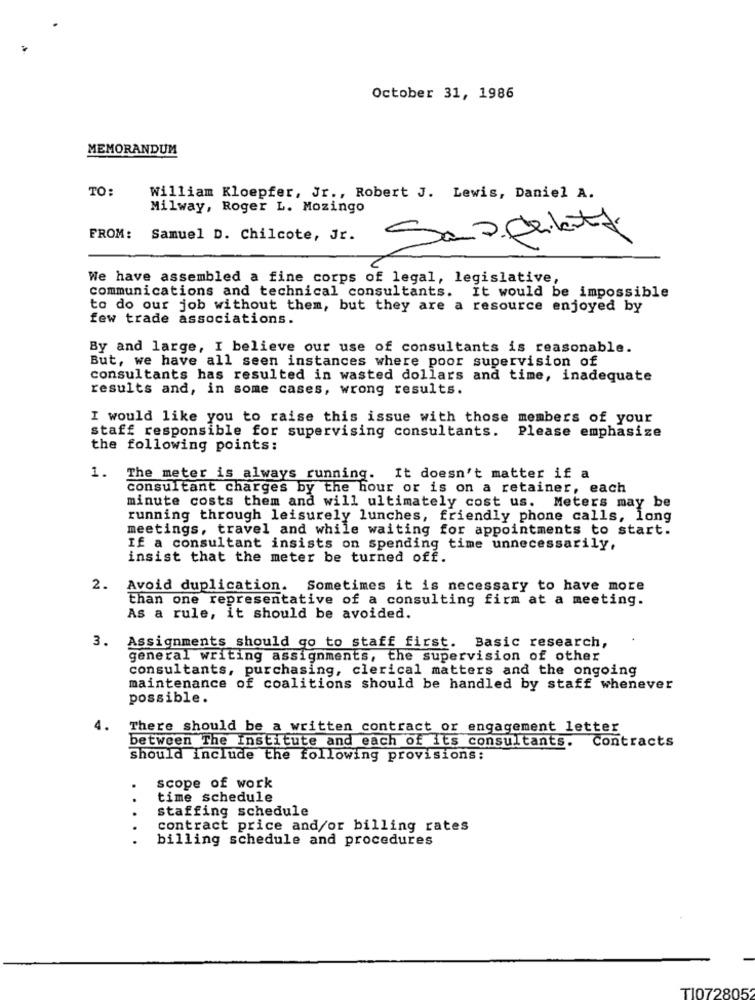
October 31, 1986
MEMORANDUM
TO:
William Kloepfer, Jr ., Robert J. Lewis, Daniel A.
Milway, Roger L. Mozingo
FROM:
Samuel D. Chilcote, Jr.
We have assembled a fine corps of legal, legislative,
communications and technical consultants. It would be impossible
to do our job without them, but they are a resource enjoyed by
few trade associations.
By and large, I believe our use of consultants is reasonable.
But, we have all seen instances where poor supervision of
consultants has resulted in wasted dollars and time, inadequate
results and, in some cases, wrong results.
I would like you to raise this issue with those members of your
staff responsible for supervising consultants. Please emphasize
the following points:
1. The meter is always running. It doesn't matter if a
consultant charges by the hour or is on a retainer, each
minute costs them and will ultimately cost us. Meters may be
running through leisurely lunches, friendly phone calls, long
meetings, travel and while waiting for appointments to start.
If a consultant insists on spending time unnecessarily,
insist that the meter be turned off.
2.
Avoid duplication. Sometimes it is necessary to have more
than one representative of a consulting firm at a meeting.
As a rule, it should be avoided.
3.
Assignments should go to staff first. Basic research,
general writing assignments, the supervision of other
consultants, purchasing, clerical matters and the ongoing
maintenance of coalitions should be handled by staff whenever
possible.
4.
There should be a written contract or engagement letter
between The Institute and each of its consultants. Contracts
Should include the following provisions:
scope of work
..
time schedule
staffing schedule
..
contract price and/or billing rates
billing schedule and procedures
TI0728052